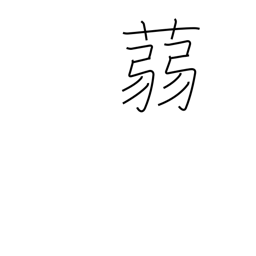
Meaning: a kind of water plant